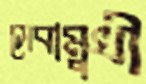
সেবামুখী